Document type: Oath
Year: 1447
Scribe: Pere Figuerola
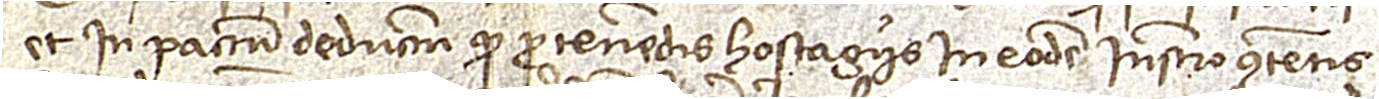
et in pactum deductum quod pro tenendis hostagiis in eodem instrumento contentis